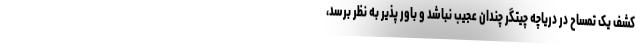
کشف یک تمساح در دریاچه چیتگر چندان عجیب نباشد و باور پذیر به نظر برسد،